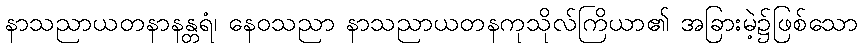
နာသညာယတနာနန္တရံ၊ နေဝသညာ နာသညာယတနကုသိုလ်ကြိယာ၏ အခြားမဲ့၌ဖြစ်သော